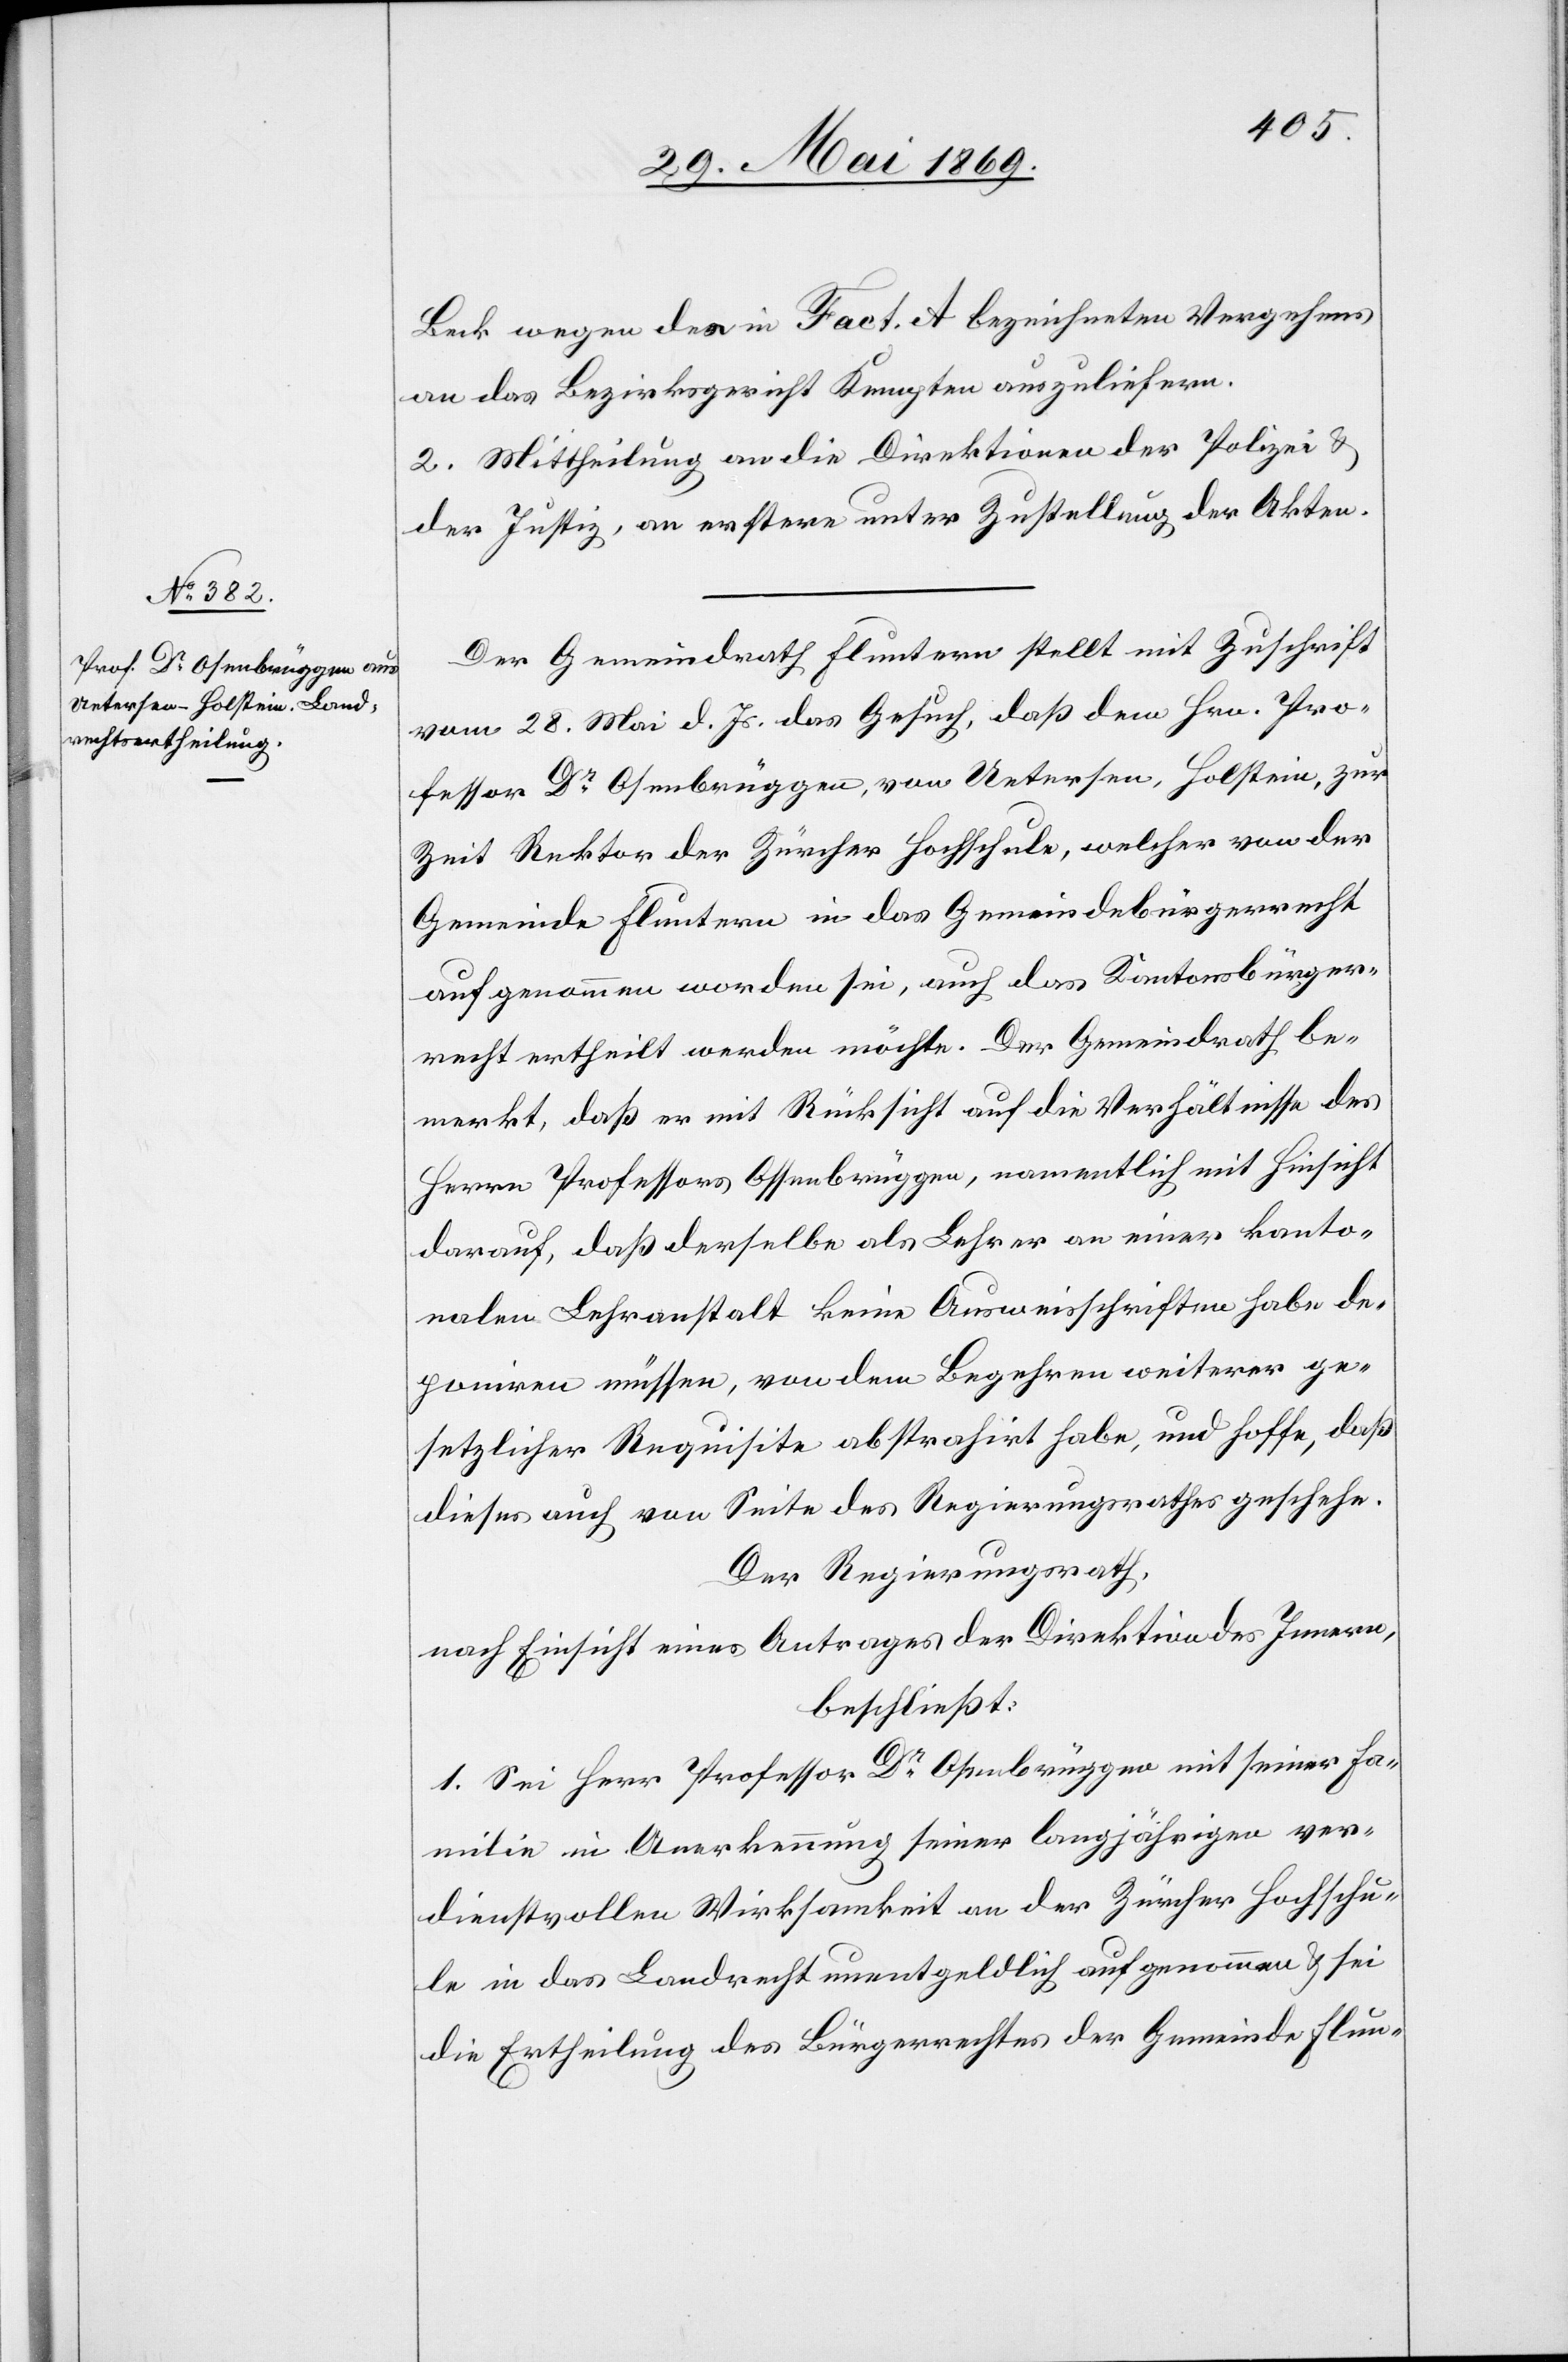
Beck wegen des in Fact. A bezeichneten Vergehens
an das Bezirksgericht Kempten auszuliefern.
2. Mittheilung an die Direktionen der Polizei u.
der Justiz, an erstere unter Zustellung de Akten.
Der Gemeindrath Fluntern stellt mit Zuschrift
vom 28 Mai d. Js. das Gesuch, daß dem Hrn. Pro¬
fessor Dr Osenbrüggen, von Uetersen, Holtstein, zur
Zeit Rektor der Zürcher Hochschule, welcher von der
Gemeinde Fluntern in das Gemeindsbürgerrecht
aufgenommen worden sei, auch das Kantonsbürger¬
recht ertheilt werden möchte. Der Gemeindrath be¬
merkt, daß er mit Rücksicht auf die Verhältnisse des
Herrn Professors Ossenbrüggen [sic!], namentlich mit Hinsicht
darauf, daß derselbe als Lehrer an einer kanto¬
nalen Lehranstalt keine Ausweisschriften habe de¬
poniren müssen, von dem Begehren weiterer ge¬
setzlicher Requisite abstrahirt habe, und hoffe, daß
dieses auch von Seite des Regierungsrathes geschehe.
Der Regierungsrath,
nach Einsicht eines Antrages der Direktion des Innern,
beschließt:
1. Sei Herr Professor Dr Ossenbrüggen mit seiner Fa¬
milie in Anerkennung seiner langjährigen ver¬
dienstvollen Wirksamkeit an der Zürcher Hochschu¬
le in das Landrecht unentgeldlich aufgenommen u. sei
die Ertheilung des Bürgerrechtes der Gemeinde Flun-